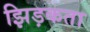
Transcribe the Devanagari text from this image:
झिड़कता